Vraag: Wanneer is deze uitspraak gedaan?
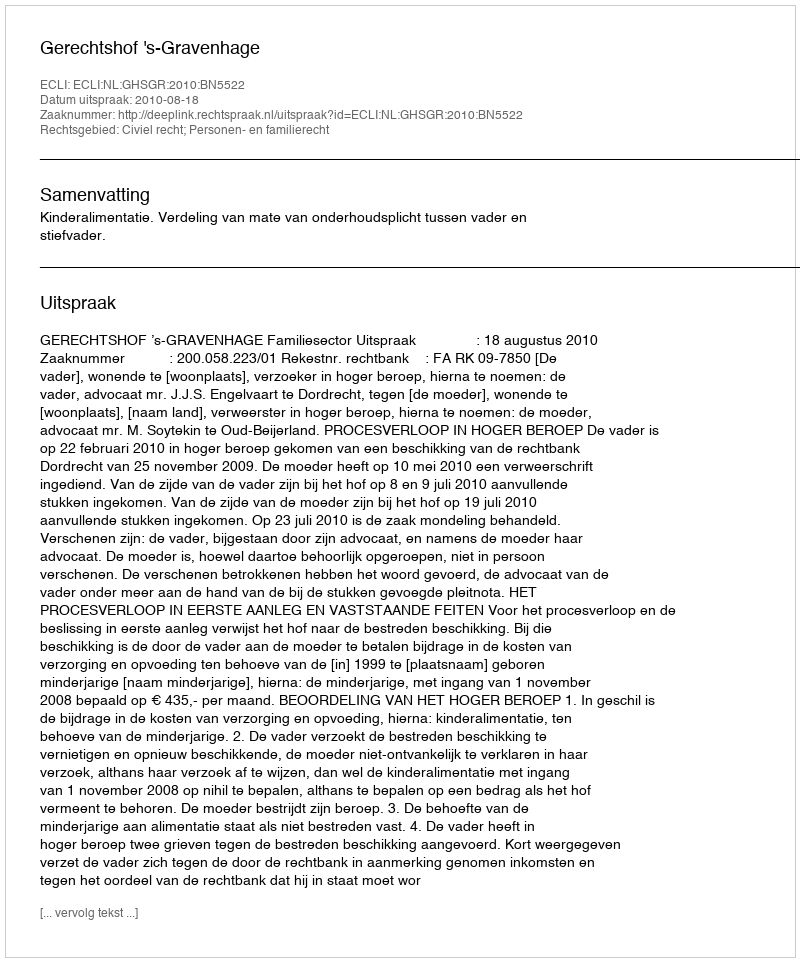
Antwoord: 2010-08-18